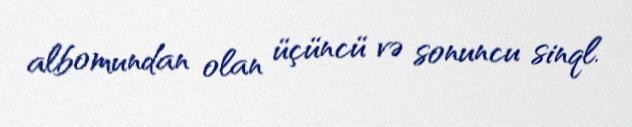
albomundan olan üçüncü və sonuncu sinql.